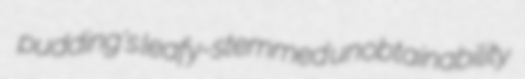
pudding's leafy-stemmed unobtainability